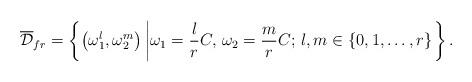
LaTeX: \begin{align*}\mathcal{\overline{D}}_{fr}=\left\{ \left(\omega_{1}^{l},\omega_{2}^{m}\right)\left|\omega_{1}=\frac{l}{r}C,\,\omega_{2}=\frac{m}{r}C;\,l,m\in\left\{ 0,1,\ldots,r\right\} \right.\right\} .\end{align*}